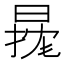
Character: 𱢓